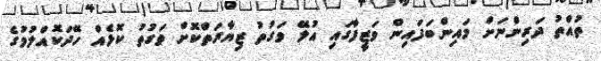
ތުއްތު ދަރިންނަށް މައިންބަފައިން ވަޒީފާގައި އުލޭ ވަގުތު ޒިޔާރަތްކޮށް ވަގުތު ކޮޅެއް ހޭދަކޮއްލުމުގެ